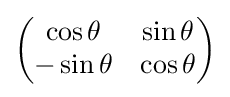
{\begin{pmatrix}\cos \theta &\sin \theta \\-\sin \theta &\cos \theta \end{pmatrix}}